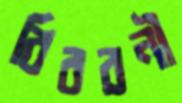
বিবরনী